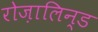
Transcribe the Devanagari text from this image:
रोज़ालिन्ड